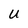
Character: U